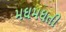
મઘમઘતી